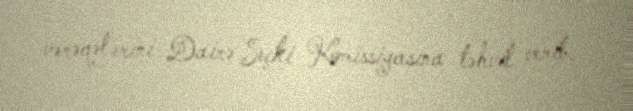
vərəqələrini Dairə Seçki Komissiyasına təhvil verib.